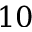
1 0